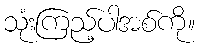
သုံးကြည့်ပါအစ်ကို။